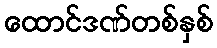
ထောင်ဒဏ်တစ်နှစ်